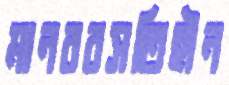
মানববসতিহীন